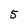
Character: 5